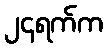
၂၄ရက်က